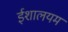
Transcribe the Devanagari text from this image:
ईशालयम